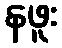
နဖူး